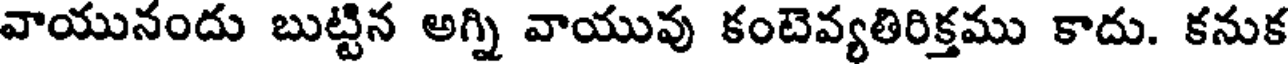
వాయునందు బుట్టిన అగ్ని వాయువు కంటెవ్యతిరిక్తము కాదు. కనుక